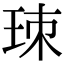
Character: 𤤹